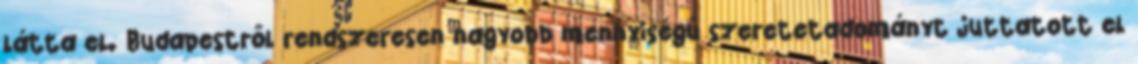
látta el. Budapestről rendszeresen nagyobb mennyiségű szeretetadományt juttatott el